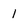
Character: 1